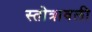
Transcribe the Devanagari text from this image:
स्तोत्रावली